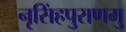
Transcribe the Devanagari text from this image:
नृसिंहपुराणमु